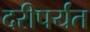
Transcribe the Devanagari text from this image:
दरीपर्यंत